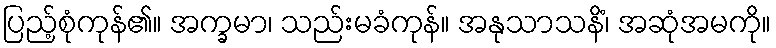
ပြည့်စုံကုန်၏။ အက္ခမာ၊ သည်းမခံကုန်။ အနုသာသနိံ၊ အဆုံအမကို။